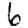
Digit: 6